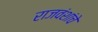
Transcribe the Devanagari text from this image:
राजवंशांचे